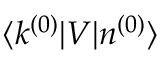
\langle k ^ { ( 0 ) } | V | n ^ { ( 0 ) } \rangle